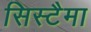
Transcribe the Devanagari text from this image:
सिस्टैमा